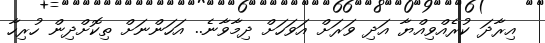
އިރާދަ ކުރެއްވިއްޔާ އަދި ވަރަށް އަވަހަށް ދިމާވާނެ.. އަހަންނަށް ތިކޮށްދިން ހުރިހާ